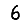
Digit: 6